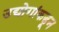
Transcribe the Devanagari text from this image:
उद्योगांकडून